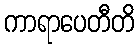
ကာရာပေတီတိ